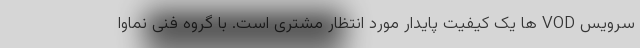
سرویس VOD ها یک کیفیت پایدار مورد انتظار مشتری است. با گروه فنی نماوا